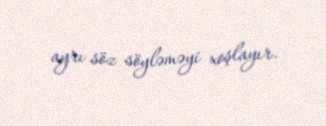
ayrı söz söyləməyi xoşlayır.